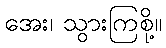
အေး၊ သွားကြစို့။